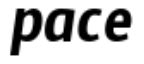
pace